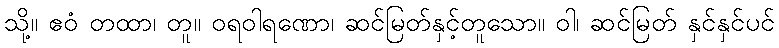
သို့။ ဧဝံ တထာ၊ တူ။ ဝရဝါရဏော၊ ဆင်မြတ်နှင့်တူသော။ ဝါ၊ ဆင်မြတ် နှင်နှင်ပင်